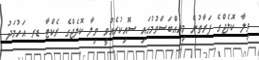
ވިލާ ކޮލެޖްގެ ފަރާތުން މިއެއްބަސްވުމުގައި ސޮއިކުރެއްވީ ވިލާ ކޮލެޖްގެ ރެކްޓާ ޑރ އަހުމަދު